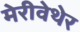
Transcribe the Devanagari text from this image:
मेरीवेथेर